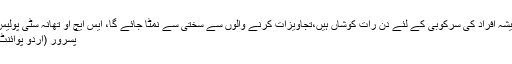
پسرور ، جرائم پیشہ افراد کی سرکوبی کے لئے دن رات کوشاں ہیں،تجاویزات کرنے والوں سے سختی سے نمٹا جائے گا، ایس ایچ او تھانہ سٹی پولیس سیف اللہ ورک
پسرور (اُردو پوائنٹ اخبارتازہ ترین۔